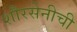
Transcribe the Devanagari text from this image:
शौरसेनीची